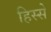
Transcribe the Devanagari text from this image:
हिस्‍स्‍ो